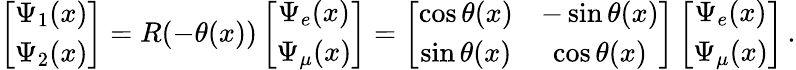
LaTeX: \left[\begin{array}{cc}{{\Psi_{1}(x)}}\\ {{\Psi_{2}(x)}}\end{array}\right]=R(-\theta(x))\left[\begin{array}{cc}{{\Psi_{e}(x)}}\\ {{\Psi_{\mu}(x)}}\end{array}\right]=\left[\begin{array}{cc}{{\cos{\theta(x)}}}&{{-\sin{\theta(x)}}}\\ {{\sin{\theta(x)}}}&{{\cos{\theta(x)}}}\end{array}\right]\left[\begin{array}{cc}{{\Psi_{e}(x)}}\\ {{\Psi_{\mu}(x)}}\end{array}\right]\, .